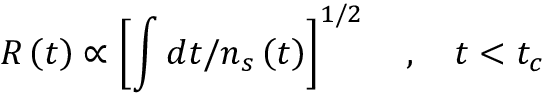
R \left( t \right) \propto \left[ \int d t / n _ { s } \left( t \right) \right] ^ { 1 / 2 } \quad , \quad t < t _ { c }